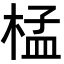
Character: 𣓶